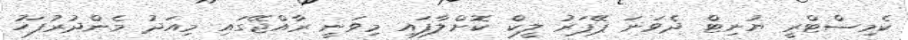
ކެމިސްޓްރީ ޔުނިޓް ދެވަނަ ޕޭޕަރު ލީކް ކޮށްލާފައި މިވަނީ ރާއްޖޭގައި މިއަދު މެންދުރުފަހު